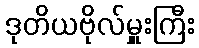
ဒုတိယဗိုလ်မှူးကြီး